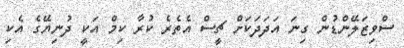
ސްވިޒަލޭންޑުން ގިނަ އަދަދަކަށް ޗީސް އެތެރެ ކުރާ ކިމް އަކީ ދުނިޔޭގެ އެކި